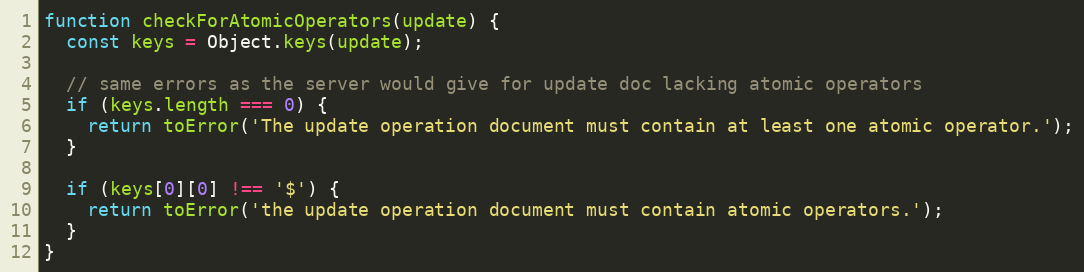
Language: JavaScript
function checkForAtomicOperators(update) {
  const keys = Object.keys(update);

  // same errors as the server would give for update doc lacking atomic operators
  if (keys.length === 0) {
    return toError('The update operation document must contain at least one atomic operator.');
  }

  if (keys[0][0] !== '$') {
    return toError('the update operation document must contain atomic operators.');
  }
}